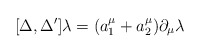
\begin{align*}[\Delta, \Delta'] \lambda = (a_1^\mu + a_2^\mu) \partial_\mu \lambda\end{align*}